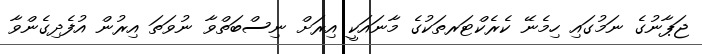
ޖަޕާނުގެ ނަމުގައި ހިމެނޭ ކެރެކްޓަރތަކުގެ މާނައަކީ އިރަށް ނިސްބަތްވާ ނުވަތަ އިރުން އުފެދިގެންވާ